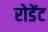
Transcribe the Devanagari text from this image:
रोडेंट